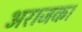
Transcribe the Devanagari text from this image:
अराजक।